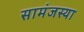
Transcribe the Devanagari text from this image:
सामंजस्या